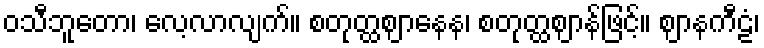
ဝသီဘူတော၊ လေ့လာလျက်။ စတုတ္ထဈာနေန၊ စတုတ္ထဈာန်ဖြင့်။ ဈာနကီဠံ၊